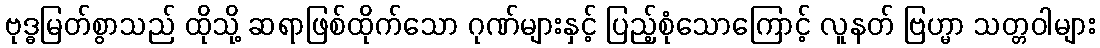
ဗုဒ္ဓမြတ်စွာသည် ထိုသို့ ဆရာဖြစ်ထိုက်သော ဂုဏ်များနှင့် ပြည့်စုံသောကြောင့် လူနတ် ဗြဟ္မာ သတ္တဝါများ